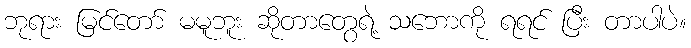
ဘုရား မြင်တော် မမူဘူး ဆိုတာတွေရဲ့ သဘောကို ရရင် ပြီး တာပါပဲ။